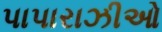
પાપારાઝીઓ